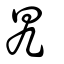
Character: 旯